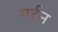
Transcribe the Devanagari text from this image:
गर्टन